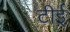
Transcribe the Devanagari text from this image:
टीई